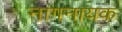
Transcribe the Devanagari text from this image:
नागनायक